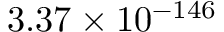
3 . 3 7 \times 1 0 ^ { - 1 4 6 }